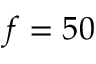
f = 5 0